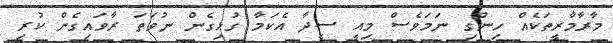
މާރާމާރީތަކެއް ހިންގި ނަމަވެސް މިއީ ސީދާ އެކަމާ ގުޅިގެން ނުވަތަ ރާވައިގެން ކުރި